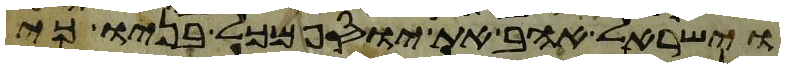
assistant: וישראל אהב את יוסף מכל בניו כי